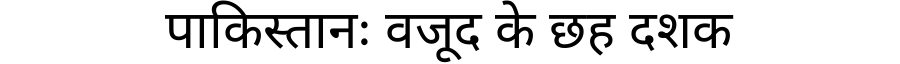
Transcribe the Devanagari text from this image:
पाकिस्तानः वजूद के छह दशक